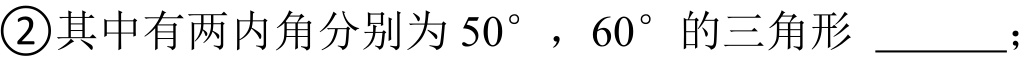
\textcircled{2}其中有两内角分别为 \(50^{\circ}\)，\(60^{\circ}\) 的三角形 \underline{\qquad}；